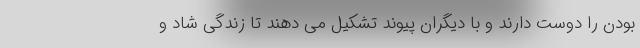
بودن را دوست دارند و با دیگران پیوند تشکیل می دهند تا زندگی شاد و